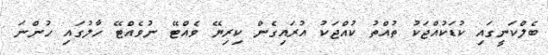
ބެލްކަނީގައި ކުޑަކުއްޖަކު ތުއްތު ކުއްޖަކު އުރައިގެން ކިރިޔޭ ވެއްޓޭ ނުވެއްޓޭ ހާލުގައި ހުންނަ